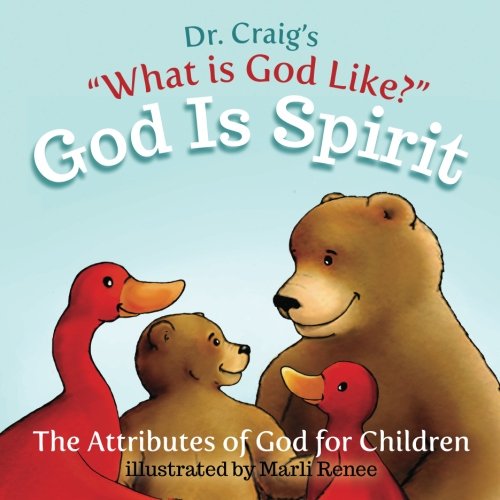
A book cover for God Is Spirit; Dr Craig; Christian Books & Bibles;